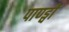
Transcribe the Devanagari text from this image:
पाण्ड्वों